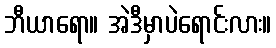
ဘီယာရော။ အဲဒီမှာပဲရောင်းလား။